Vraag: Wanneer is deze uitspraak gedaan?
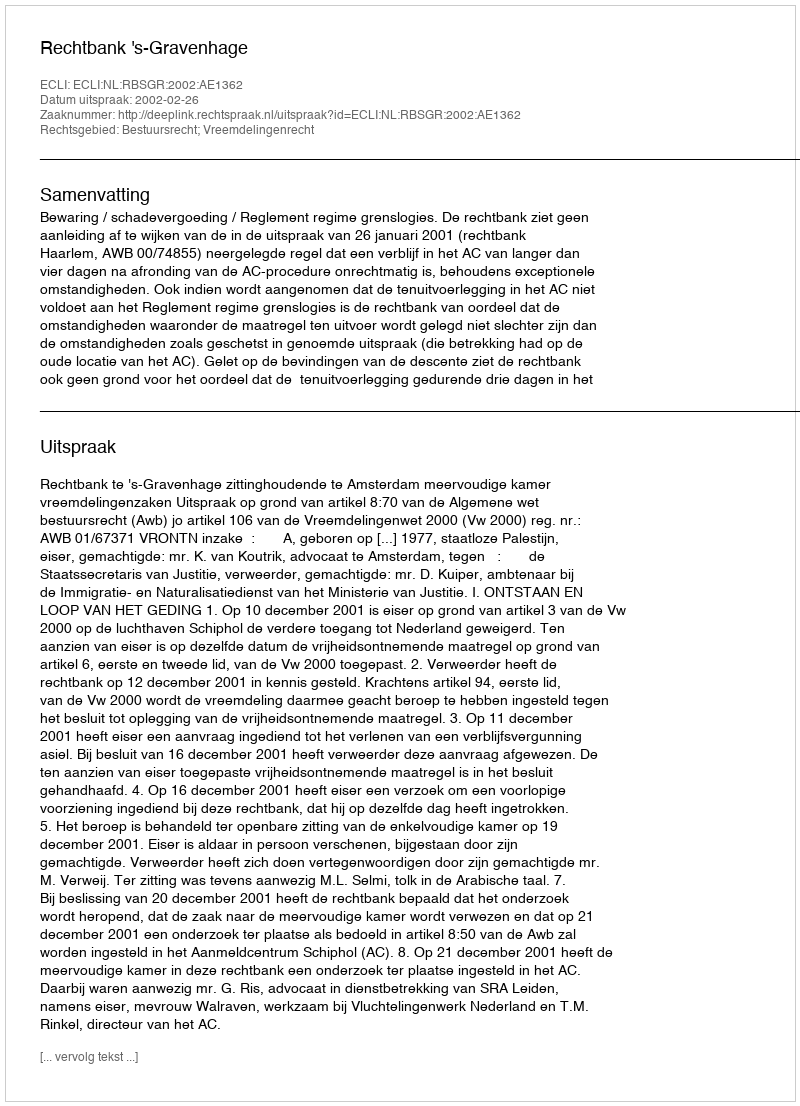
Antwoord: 2002-02-26